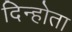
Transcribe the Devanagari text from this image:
दिन्होता